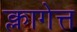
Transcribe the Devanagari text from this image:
क्लागेत्त